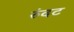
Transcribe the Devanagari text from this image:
रुंदट